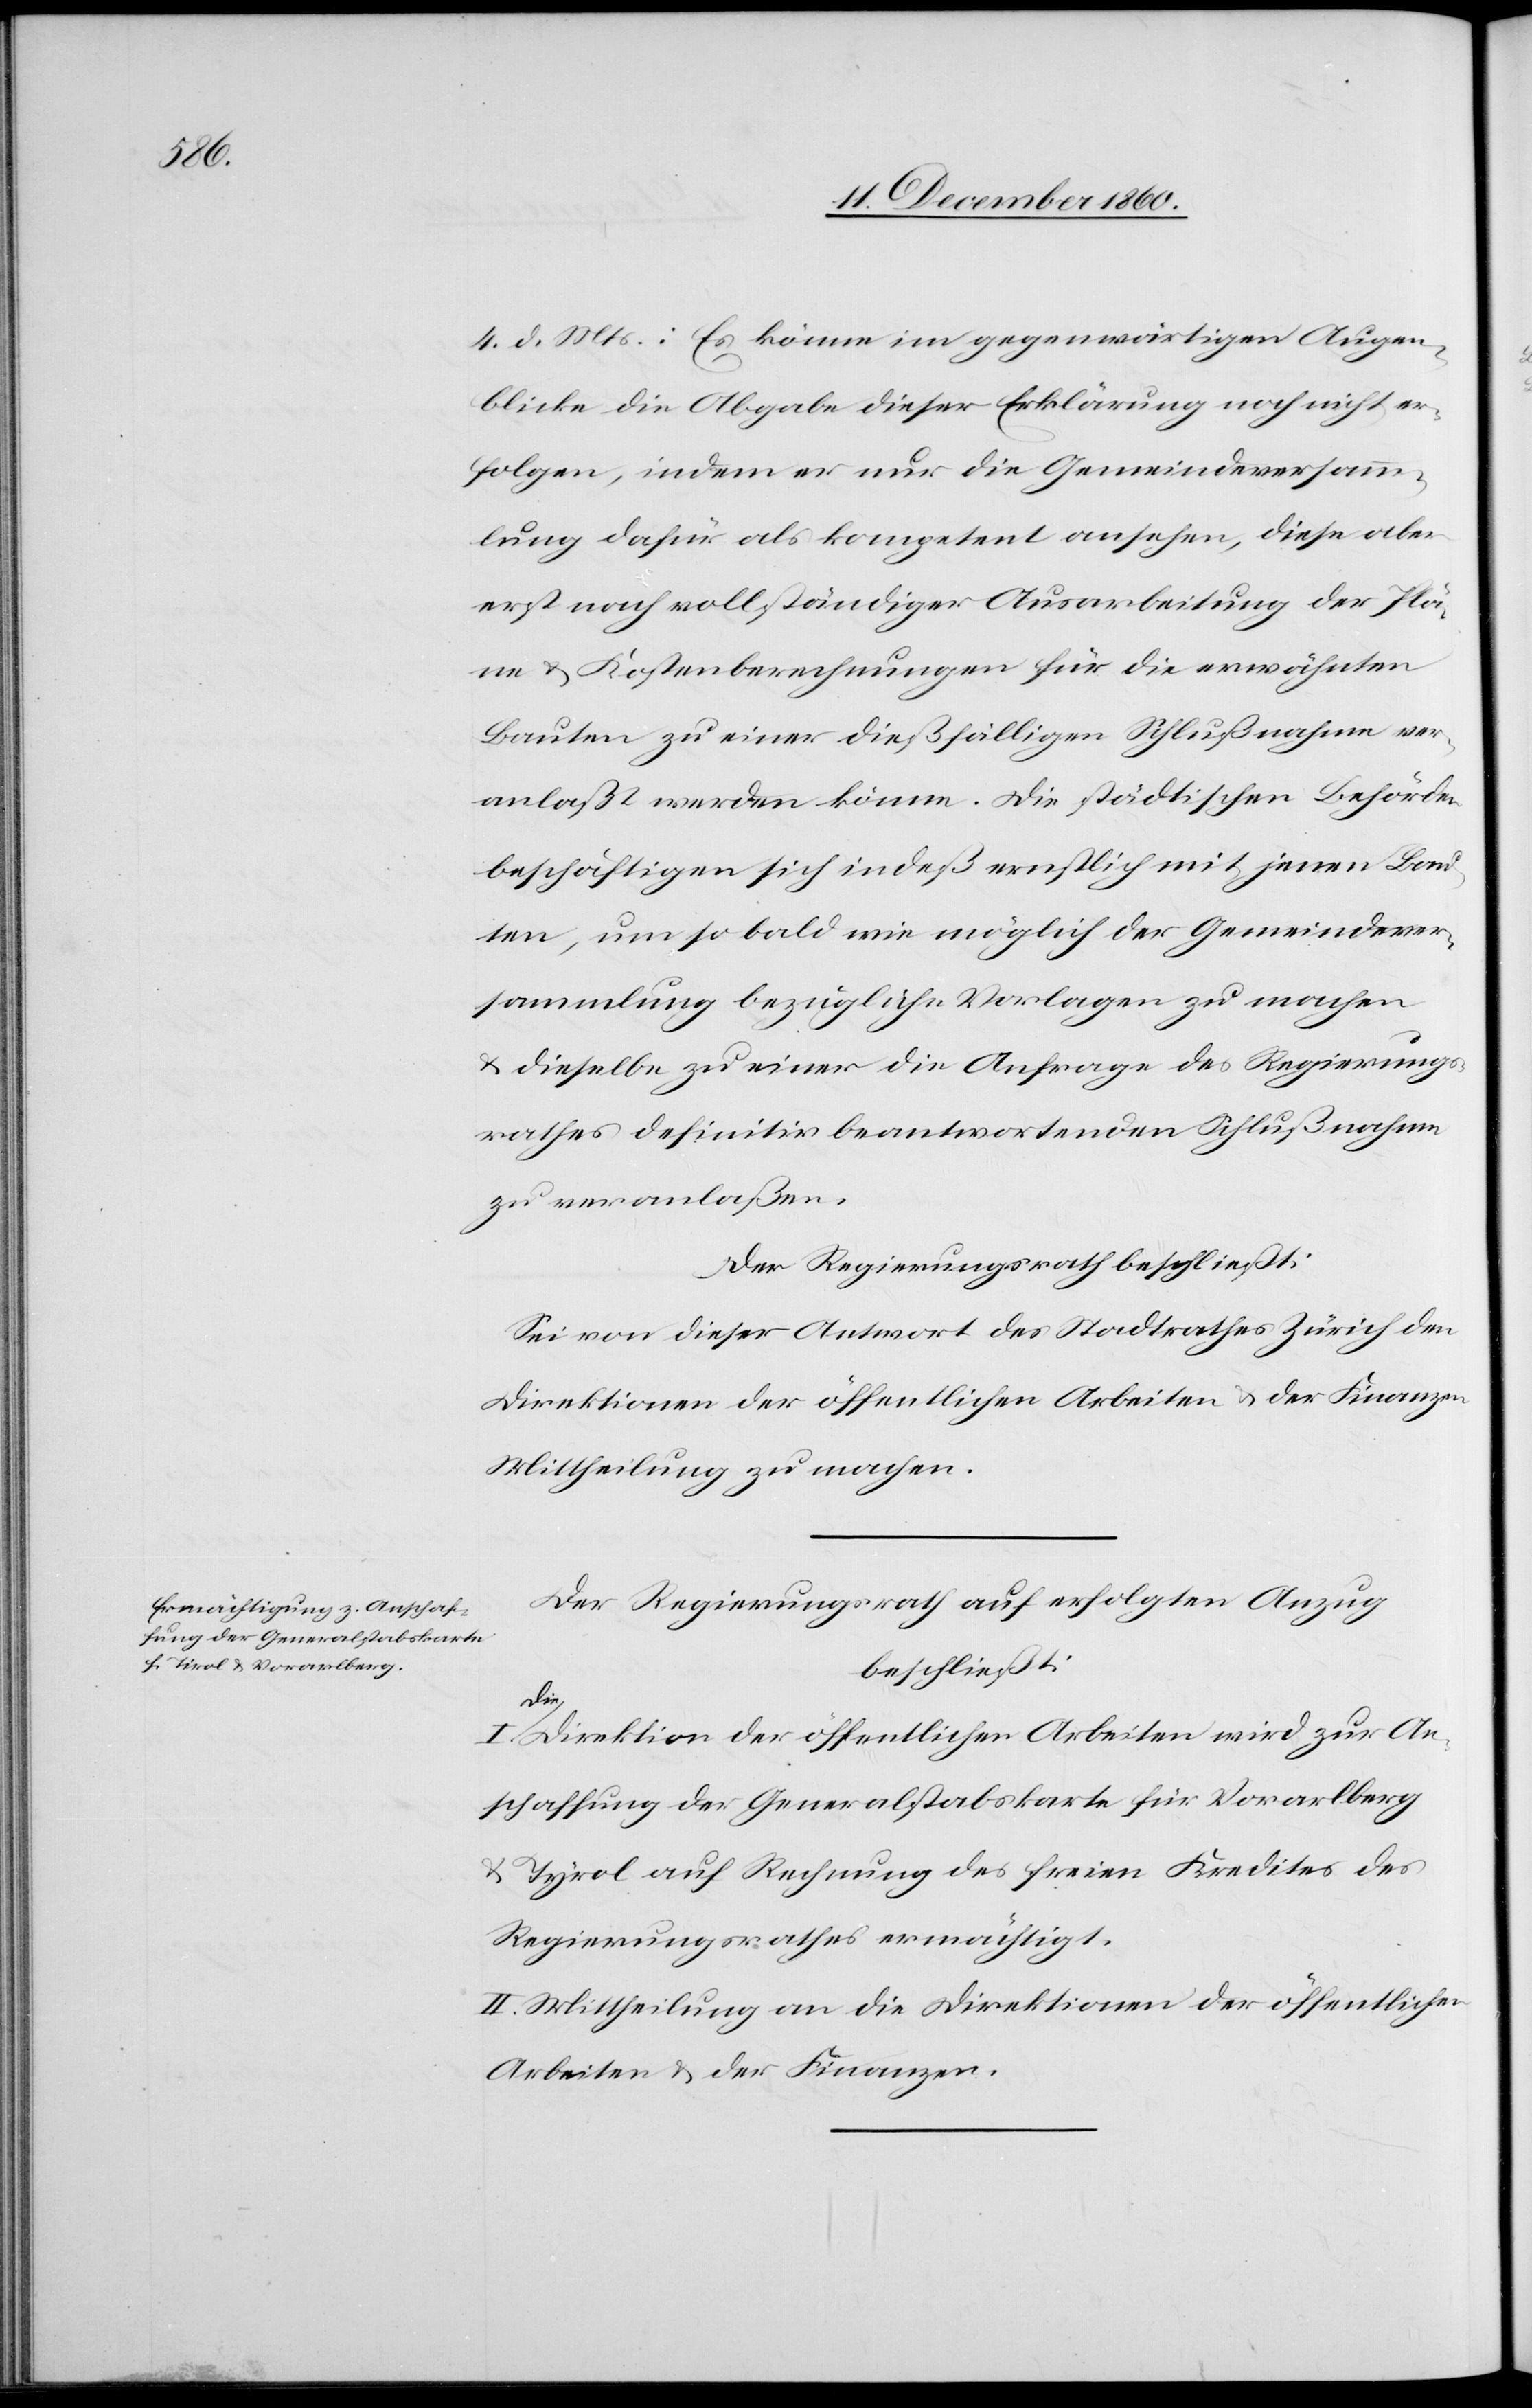
4. d. Mts.: Es könne im gegenwärtigen Augen¬
blicke die Abgabe dieser Erklärung noch nicht er¬
folgen, indem er nur die Gemeindeversamm¬
lung dafür als kompetent ansehe, diese aber
erst nach vollständiger Ausarbeitung der Plä¬
ne u. Kostenberechnungen für die erwähnten
Bauten zu einer dießfälligen Schlußnahe ver¬
anlaßt werden könne. Die städtischen Behörden
beschäftigen sich indeß ernstlich mit jenen Bau¬
ten, um so bald wie möglich der Gemeindever¬
sammlung bezügliche Vorlagen zu machen
u. dieselben zu einer die Anfrage des Regierungs¬
rathes definitiv beantwortenden Schlußnahme
zu veranlaßen.
Der Regierungsrath beschließt:
Sei von dieser Antwort des Stadtrathes Zürich den
Direktionen der öffentlichen Arbeiten u. der Finanzen
Mittheilung zu machen.
Der Regierungsrath auf erfolgten Anzug
beschließt:
Di¬
e Direktion der öffentlichen Arbeiten wird zur An¬
schaffung der Generalstabskarte für Vorarlberg
u. Tyrol [sic!] auf Rechnung des freien Kredites des
Regierungsrathes ermächtigt.
II. Mittheilung an die Direktionen der öffentlichen
Arbeiten u. der Finanzen.